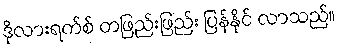
ဒိုလားရက်စ် တဖြည်းဖြည်း ပြန်နိုင် လာသည်။